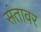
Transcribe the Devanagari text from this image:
संतावर